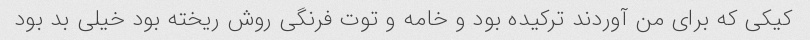
کیکی که برای من آوردند ترکیده بود و خامه و توت فرنگی روش ریخته بود خیلی بد بود